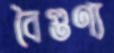
বৈগুণ্য